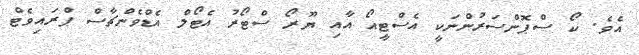
އެވެ. ކޯ ސްޕޮންސަރުންނަކީ އެސްޓީއޯ އާއި ޔޫރޯ ސްޓޯރު އެޓޯލް އެޑްވެންޗާސް ޕްރައިވެޓް